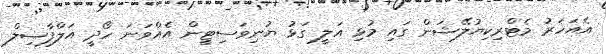
އެއަހަރު މެޓްރިކިޔުލޭޝަން ގައި މުޅި އަލީ ގަޅު ޔުނިވަސިޓީން އެއްވަނަ ހޯދީ އަލްފާޟިލް